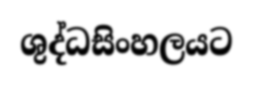
ශුද්ධසිංහලයට